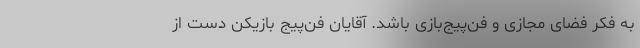
به فکر فضای مجازی و فن‌پیج‌بازی باشد. آقایان فن‌پیج بازیکن دست از